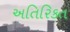
અતિરિકત